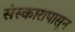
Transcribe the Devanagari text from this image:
संस्कारापासून